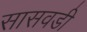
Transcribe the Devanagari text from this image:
सासवडी